Vaccination in Bombay 1874-1876 - 1874-1876
Year: 1874
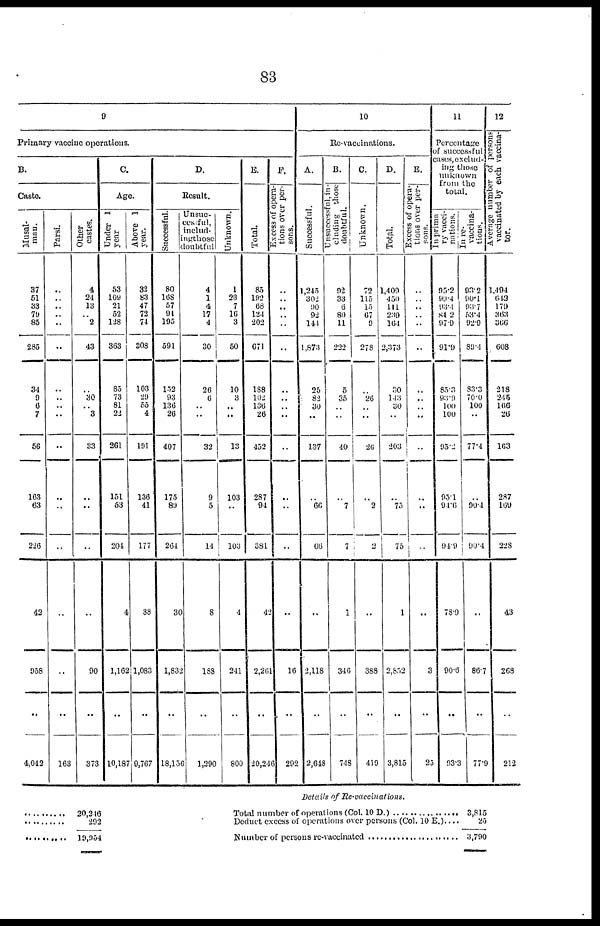
83
9
Primary vaccine operations.
B.
Caste.
Musal¬
man.
37
51
33
79
85
285
34
9
6
7
56
163
63
226
42
958
..
4,042
Parsi.
..
..
..
..
..
..
..
..
..
..
..
..
..
..
..
..
..
163
Other
castes.
4
24
13
.. 2
43
..
30
.. 3
33
..
..
..
..
90
..
373
C.
Age.
Under 1
year
53
109
21
52
128
363
85
73
81
22
261
151
53
204
4
1,162
..
10,187
Above 1
year.
32
83
47
72
74
308
103
29
55
4
191
136
41
177
38
1,083
..
9,767
D.
Result.
Successful.
80
165
57
91
195
591
152
93
136
26
407
175
89
264
30
1,832
..
18,156
Unsuc-
cessful,
includ-
ing those
doubtfu
4
1
4
17
4
30
26
6
..
..
32
9
5
14
8
138
..
1,290
Unknown.
1
23
7
16
3
50
10
3
..
..
13
103
..
103
4
241
..
800
E.
Total.
85
192
68
121
202
671
188
102
136
26
452
287
94
381
42
2,261
..
20,246
F.
Excess of opera-
tions over per-
sons.
..
.. ..
..
..
..
..
..
..
..
..
..
..
..
..
16
..
292
10
Re-vaccinations.
A.
Successful.
1,245
302
90
92
141
1,873
25
82
30
..
137
..
66
66
..
2,118
..
2,648
B.
Unsuccessful, in-
cluding those
doubtful.
92
33
6
80
11
222
5
35
..
..
40
..
7
7
1
346
..
748
C.
Unknown.
72
115
15
67
9
278
..
26
..
..
26
..
2
2
..
388
..
419
D.
Total.
1,409
450
111
239
164
2,373
30
143
30
..
203
..
75
75
1
2,852
..
3,815
E.
Excess of opera-
tions over per-
sons.
..
..
..
..
..
..
..
..
..
..
..
..
..
..
..
3
..
25
11
Percentage
of successful
cases,exclud-
ing those
unknown
from the
total.
In prima
ry vacci-
nations.
95.2
99.4
93.4
84.2
97.9
91.9
85.3
93.9
100
100
95.2
95.1
91.6
94.9
78.9
90.6
..
93.3
In re-
vaccina-
tions.
93.2
90.1
93.7
53.4
92.9
89.4
83.3
70.0
100
..
77.4
..
90.4
90.4
..
86.7
..
77.9
12
Average number of persons
vaccinated by each vaccina-
tor.
1,494
643
179
363
366
608
218
245
166
26
163
287
169
228
43
268
..
212
..........
..........
..........
20,246
292
19,954
Details of
Re-vaccinations.
Total number of operations (Col. 10 D.)
Deduct excess of operations over persons (Col. 10 E.)....
Number of persons re-vaccinated ..........................
3,815
25
3,790